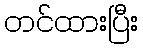
တင်ထားပြီး